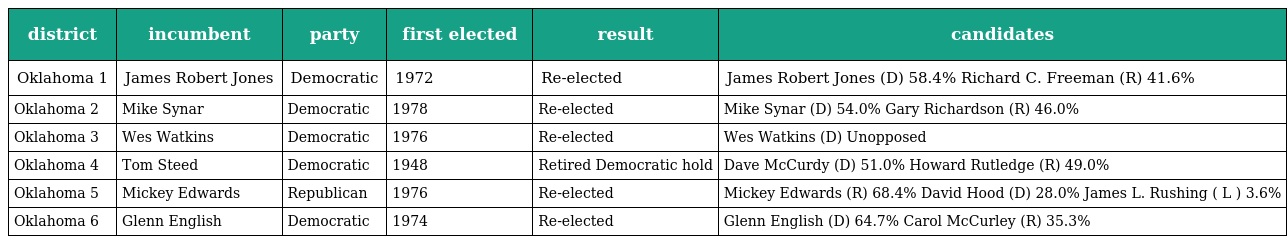
| district | incumbent | party | first elected | result | candidates |
 | --- | --- | --- | --- | --- | --- |
 | Oklahoma 1 | James Robert Jones | Democratic | 1972 | Re-elected | James Robert Jones (D) 58.4% Richard C. Freeman (R) 41.6% |
 | Oklahoma 2 | Mike Synar | Democratic | 1978 | Re-elected | Mike Synar (D) 54.0% Gary Richardson (R) 46.0% |
 | Oklahoma 3 | Wes Watkins | Democratic | 1976 | Re-elected | Wes Watkins (D) Unopposed |
 | Oklahoma 4 | Tom Steed | Democratic | 1948 | Retired Democratic hold | Dave McCurdy (D) 51.0% Howard Rutledge (R) 49.0% |
 | Oklahoma 5 | Mickey Edwards | Republican | 1976 | Re-elected | Mickey Edwards (R) 68.4% David Hood (D) 28.0% James L. Rushing ( L ) 3.6% |
 | Oklahoma 6 | Glenn English | Democratic | 1974 | Re-elected | Glenn English (D) 64.7% Carol McCurley (R) 35.3% |